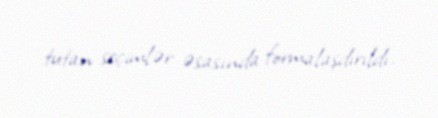
tutan seçimlər əsasında formalaşdırıldı.